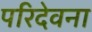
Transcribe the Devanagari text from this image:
परिदेवना